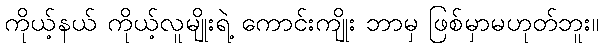
ကိုယ့်နယ် ကိုယ့်လူမျိုးရဲ့ ကောင်းကျိုး ဘာမှ ဖြစ်မှာမဟုတ်ဘူး။